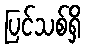
ပြင်သစ်ရှိ